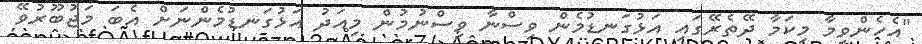
"އެހެންވީމާ މިކަމާ ދޭތެރޭގައި އަޅުގަނޑުމެން ވިސްނާ ވިސްނުމުން މިއަދު އަޅުގަނޑުމެންނަށް އެބަ މަޖުބޫރުވޭ